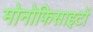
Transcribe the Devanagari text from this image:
मोनोफिसाइटों